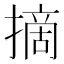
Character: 摘